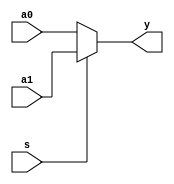
/************************************************
  The Verilog HDL code example is from the book
  Computer Principles and Design in Verilog HDL
  by Yamin Li, published by A JOHN WILEY & SONS
************************************************/
module mux2x1_dataflow2 (a0, a1, s, y);       // multiplexer, dataflow style
    input  s, a0, a1;                         // inputs
    output y;                                 // output
    assign y = s ? a1 : a0;                   // if (s==1) y=a1; else y=a0;
endmodule